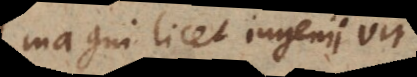
magni licet ingenii vir,